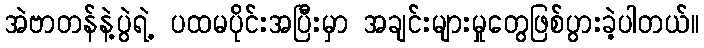
အဲဗာတန်နဲ့ပွဲရဲ့ ပထမပိုင်းအပြီးမှာ အချင်းများမှုတွေဖြစ်ပွားခဲ့့ပါတယ်။